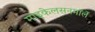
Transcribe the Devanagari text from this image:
माइकेलसनमॉर्ले